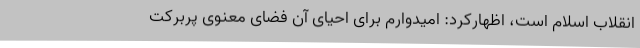
انقلاب اسلام است، اظهارکرد: امیدوارم برای احیای آن فضای معنوی پربرکت